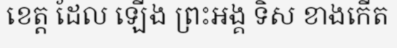
ខេត្ត ដែល ឡើង ព្រះអង្គ ទិស ខាងកើត